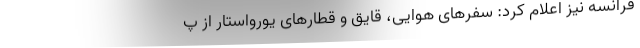
فرانسه نیز اعلام کرد: سفرهای هوایی، قایق و قطارهای یورواستار از پ